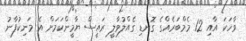
ވާހަކަ އާއި 12 މެމްބަރެއްގެ ގޮނޑި ގެއްލުވާލީ ރައީސް ޔާމީންކަމަށް އެ މަނިކުފާނު